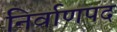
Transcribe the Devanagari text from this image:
निर्वाणपद